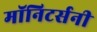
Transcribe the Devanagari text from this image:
मॉनिटर्सनी